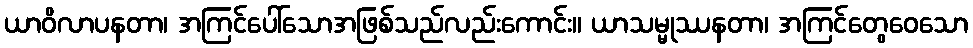
ယာဝိလာပနတာ၊ အကြင်ပေါ်သောအဖြစ်သည်လည်းကောင်း။ ယာသမ္မုဿနတာ၊ အကြင်တွေဝေသော